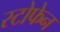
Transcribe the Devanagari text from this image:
स्टोफेन